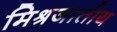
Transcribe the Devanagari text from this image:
मिश्रजातीय